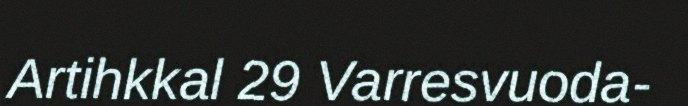
Artihkkal 29 Varresvuoda-